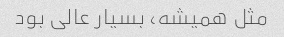
مثل همیشه، بسیار عالی بود